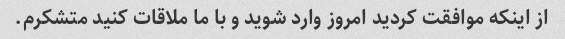
از اینکه موافقت کردید امروز وارد شوید و با ما ملاقات کنید متشکرم.